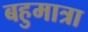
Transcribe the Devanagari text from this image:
बहुमात्रा